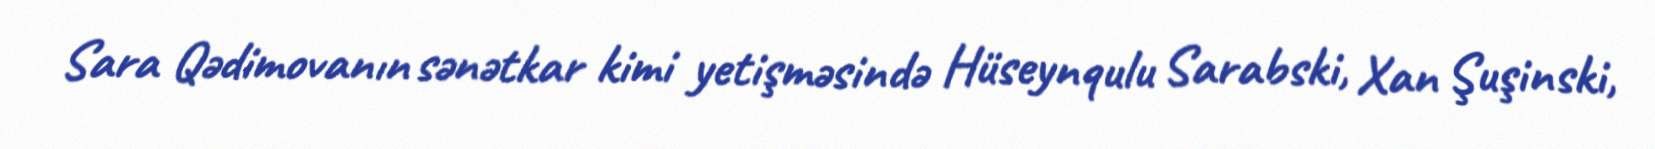
Sara Qədimovanın sənətkar kimi yetişməsində Hüseynqulu Sarabski, Xan Şuşinski,